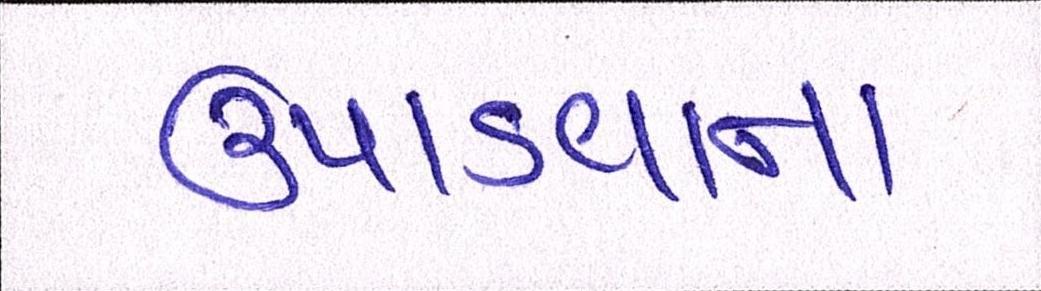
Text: ઉપાડવાના